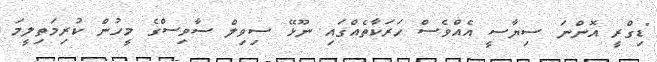
"ޑިގްރީ އޮންނަ ސިޔާސީ އެއްވެސް ހަރަކާތެއްގައި ނޫޅޭ ސިވިލް ސާވިސްގެ މީހުން ކުރިމަތިލީމަ